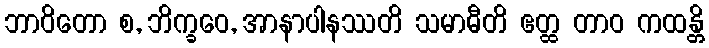
ဘာဝိတော စ, ဘိက္ခဝေ, အာနာပါနဿတိ သမာဓီတိ ဧတ္ထ တာဝ ကထန္တိ